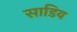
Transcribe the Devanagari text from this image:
साडिय